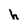
Character: h